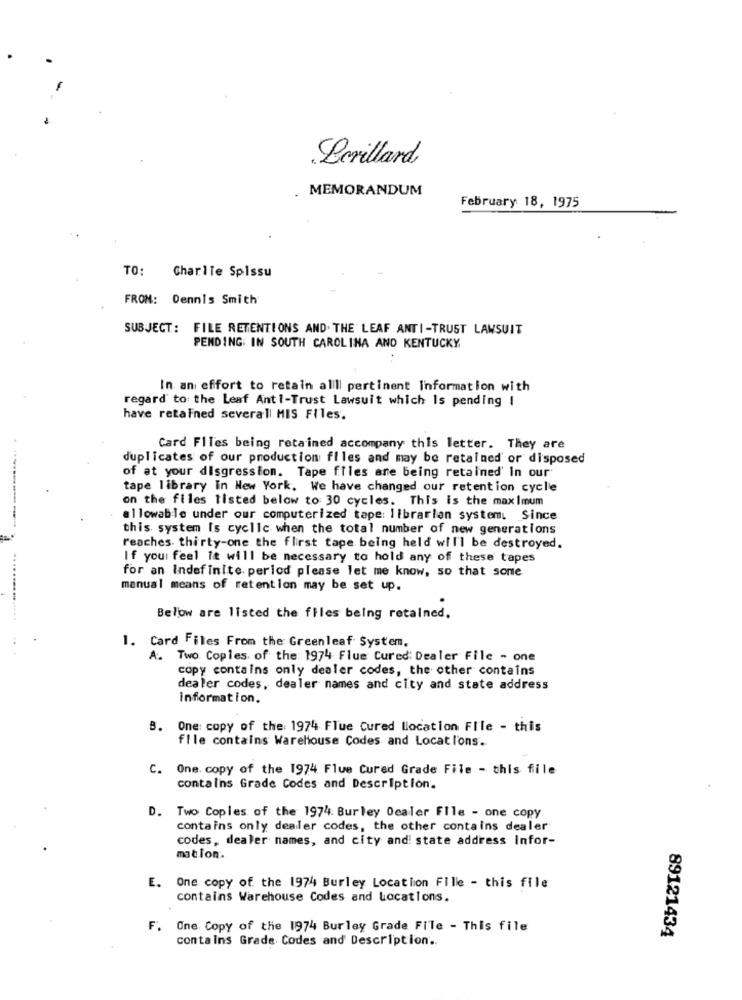
Berillard
MEMORANDUM
February 18, 1975
TO: Charlie Spissu
FROM: Dennis Smith
SUBJECT: FILE RETENTIONS AND. THE LEAF ANTI-TRUST LAWSUIT
PENDING: IN SOUTH CAROLINA AND KENTUCKY
In an effort to retain allll pertinent Information with
regard to the Leaf Anti-Trust Lawsuit which Is pending !
have retained severall MIS Files.
Card Files being retained accompany this letter. They are
duplicates of our production files and may be retained or disposed
of at your disgression. Tape files are being retained' in our
tape library in New York. We have changed our retention cycle
on the files listed below to 30 cycles. This is the maximum
allowable under our computerized tape: librarian system. Since
this system Is cyclic when the total number of new generations
reaches thirty-one the first tape being held will be destroyed.
If you feel It will be necessary to hold any of these tapes
for an Indefinite. period please let me know, so that some
.......
manual means of retention may be set up.
Below are listed the files being retained.
1. Card Files From the Greenleaf System.
A. Two Copies of the 1974 Flue Cured: Dealer File - one
copy contains only dealer codes, the other contains
dealer codes, dealer names and city and state address
information.
B.
One: copy of the: 1974 Flue Cured llocation File - this
file contains Warehouse Codes and Locat l'ons.
C. One. copy of the 1974 Flue Cured Grade File - this file
contains Grade Codes and Description'.
D. Two Copies of the 1974: Burley Ocaler File - one copy
contains only dealer codes, the other contains dealer
codes, dealer names, and city and state address Infor-
mation.
E. One copy of the 1974 Burley Location Fille - this file
contains Warehouse Codes and Locations.
F. One Copy of the 1974 Burley Grade File - This file
conta ins Grade Codes and Description ..
89121434